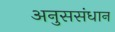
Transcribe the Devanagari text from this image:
अनुससंधान